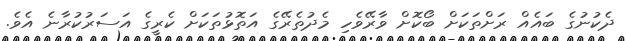
ދެކުނުގެ ބައެއް ރަށްތަކަށް ބޯކޮށް ވާރޭވެހި މެދުތެރޭގެ އަތޮޅުތަކަށް ކެރީގެ އަސަރުކުރާނެ އެވެ.